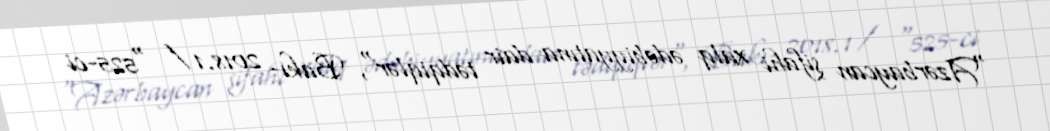
"Azərbaycan şifahi xalq ədəbiyyatına dair tədqiqlər", Bakı- 2018.1 / "525-ci